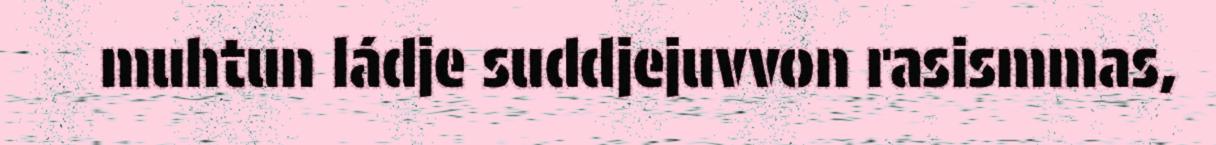
muhtun ládje suddjejuvvon rasismmas,